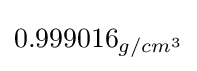
0.999016_{g/cm^{3}}